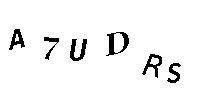
A7UDRS